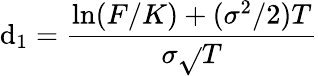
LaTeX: \mathrm{d}_{1}={\frac{{\ln(F/K)+(\sigma^{2}/2)T}}{{\sigma{\sqrt{}{{T}}}}}}